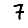
Digit: 7